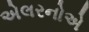
એલરનોએ